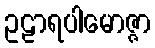
ဥဠာရပါမောဇ္ဇာ